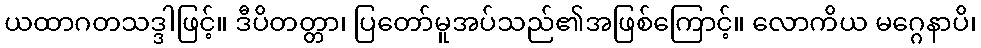
ယထာဂတသဒ္ဒါဖြင့်။ ဒီပိတတ္တာ၊ ပြတော်မူအပ်သည်၏အဖြစ်ကြောင့်။ လောကိယ မဂ္ဂေနာပိ၊